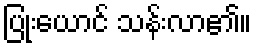
ပြုံးယောင် သန်းလာ၏။